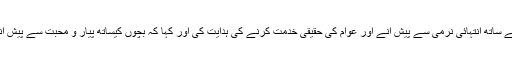
اس موقع پر ایڈیشنل اسسٹنٹ کمشنر نے متعلقہ اہلکاروں کو عوام کے ساتھ انتہائی نرمی سے پیش آنے اور عوام کی حقیقی خدمت کرنے کی ہدایت کی اور کہا کہ بچوں کیساتھ پیار و محبت سے پیش آنا اور ان کو زیور تعلیم سے روشنا س کرانا ہمارا ملی فریضہ ہے ۔